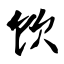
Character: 饮